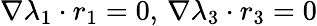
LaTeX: \nabla\lambda_{1}\cdot r_{1}=0,\, \nabla\lambda_{3}\cdot r_{3}=0